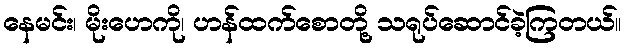
နေမင်း၊ မိုးဟေကို၊ ဟန်ထက်စောတို့ သရုပ်ဆောင်ခဲ့ကြတယ်။